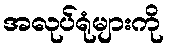
အလုပ်ရုံများကို